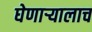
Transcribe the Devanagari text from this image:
घेणार्‍यालाच